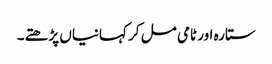
ستارہ اور ٹامی مل کر کہانیاں پڑھتے۔